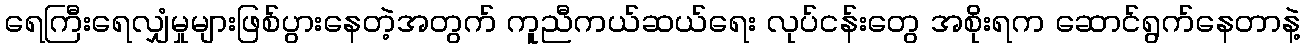
ရေကြီးရေလျှံမှုများဖြစ်ပွားနေတဲ့အတွက် ကူညီကယ်ဆယ်ရေး လုပ်ငန်းတွေ အစိုးရက ဆောင်ရွက်နေတာနဲ့